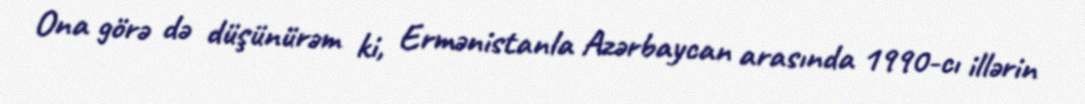
Ona görə də düşünürəm ki, Ermənistanla Azərbaycan arasında 1990-cı illərin